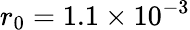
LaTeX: r_{0}=1.1\times 10^{-3}